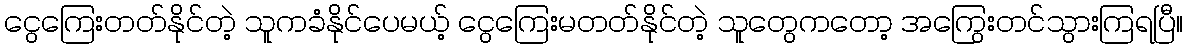
ငွေကြေးတတ်နိုင်တဲ့ သူကခံနိုင်ပေမယ့် ငွေကြေးမတတ်နိုင်တဲ့ သူတွေကတော့ အကြွေးတင်သွားကြရပြီ။